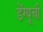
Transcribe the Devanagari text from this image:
डेंग्यूची